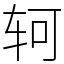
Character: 轲